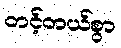
တင့်တယ်စွာ